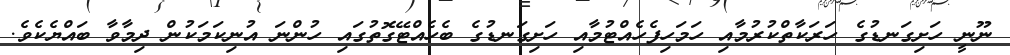
ނޫނީ ހަށިގަނޑުގެ ހަރަކާތްކުރުމާއި ހަމަހިފެހެއްޓުމާއި ހަށިގަނޑުގެ ބެހެއްޓޭގޮތުގައި ހުންނަ އުނިކަމަކުން ދިމާވާ ބައްޔެކެވެ.